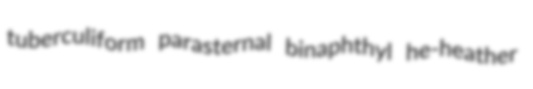
tuberculiform parasternal binaphthyl he-heather